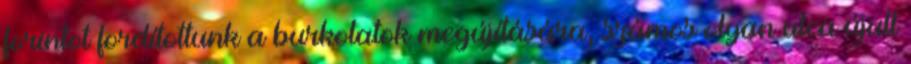
forintot fordítottunk a burkolatok megújítására, számos olyan utca újult